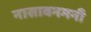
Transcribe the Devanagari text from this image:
नासावनमनी